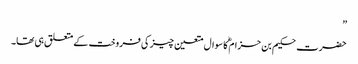
”
حضرت حکیم بن حزام ؓکا سوال متعین چیز کی فروخت کے متعلق ہی تھا۔